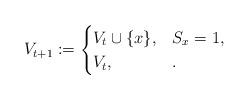
LaTeX: \begin{align*} V_{t+1}:=\begin{cases} V_t\cup\{x\}, & S_x=1,\\ V_t, & . \end{cases}\end{align*}